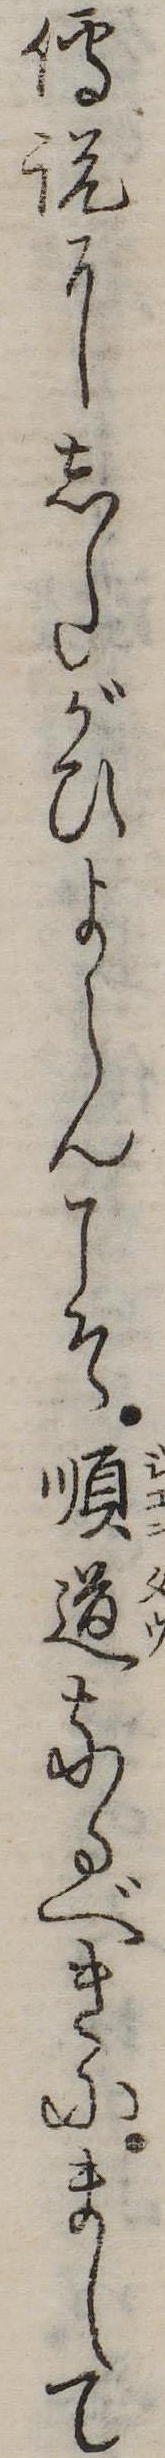
伝説にしたがひよらんこそ順道なるべきにまして